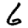
Digit: 6